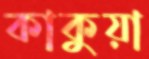
কাকুয়া